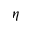
\eta